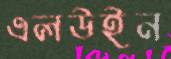
এলউইন